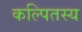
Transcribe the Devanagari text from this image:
कल्पितस्य